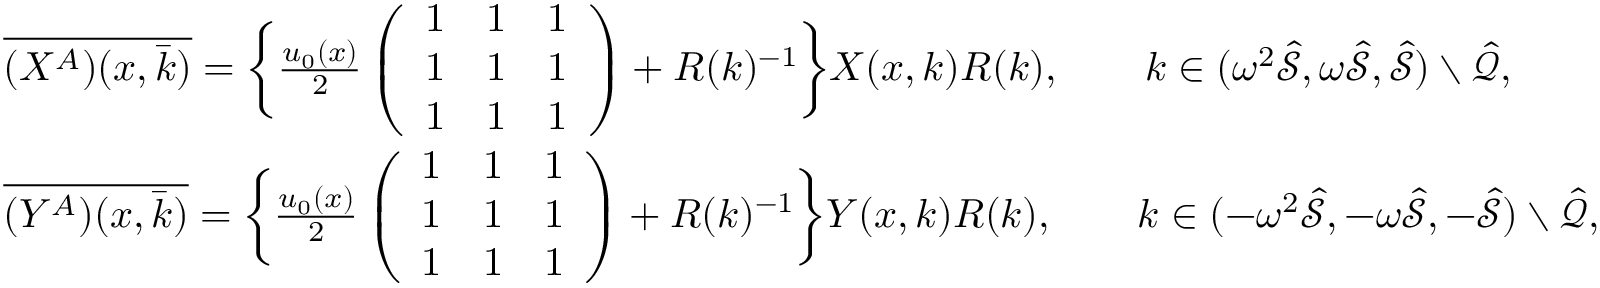
\begin{array} { r l } & { \overline { { ( X ^ { A } ) ( x , \bar { k } ) } } = \bigg \{ \frac { u _ { 0 } ( x ) } { 2 } \left( \begin{array} { l l l } { 1 } & { 1 } & { 1 } \\ { 1 } & { 1 } & { 1 } \\ { 1 } & { 1 } & { 1 } \end{array} \right) + R ( k ) ^ { - 1 } \bigg \} X ( x , k ) R ( k ) , \qquad k \in ( \omega ^ { 2 } \hat { \mathcal { S } } , \omega \hat { \mathcal { S } } , \hat { \mathcal { S } } ) \setminus \hat { \mathcal { Q } } , } \\ & { \overline { { ( Y ^ { A } ) ( x , \bar { k } ) } } = \bigg \{ \frac { u _ { 0 } ( x ) } { 2 } \left( \begin{array} { l l l } { 1 } & { 1 } & { 1 } \\ { 1 } & { 1 } & { 1 } \\ { 1 } & { 1 } & { 1 } \end{array} \right) + R ( k ) ^ { - 1 } \bigg \} Y ( x , k ) R ( k ) , \qquad k \in ( - \omega ^ { 2 } \hat { \mathcal { S } } , - \omega \hat { \mathcal { S } } , - \hat { \mathcal { S } } ) \setminus \hat { \mathcal { Q } } , } \end{array}